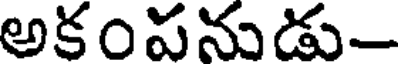
అకంపనుడు-